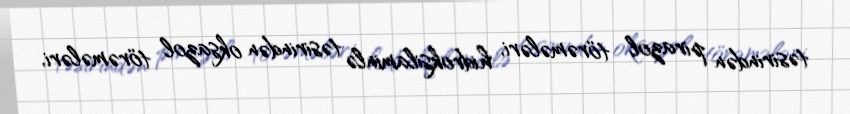
təsirindən pirazol törəmələri, hidroksilaminlə təsirindən oksazol törəmələri,